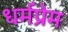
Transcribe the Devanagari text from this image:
धर्मप्रेम